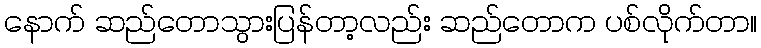
နောက် ဆည်တောသွားပြန်တာ့လည်း ဆည်တောက ပစ်လိုက်တာ။